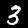
Digit: 3